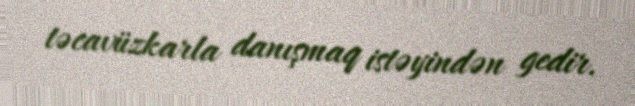
təcavüzkarla danışmaq istəyindən gedir.